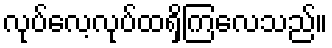
လုပ်လေ့လုပ်ထရှိကြလေသည်။